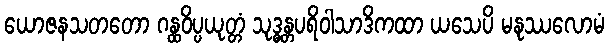
ယောဇနသတတော ဂန္ထဝိပ္ပယုတ္တံ သုဒ္ဓန္တပရိဝါသာဒိကထာ ယသေပိ မနုဿလောမံ